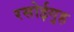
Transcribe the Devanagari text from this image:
रसोईगृह